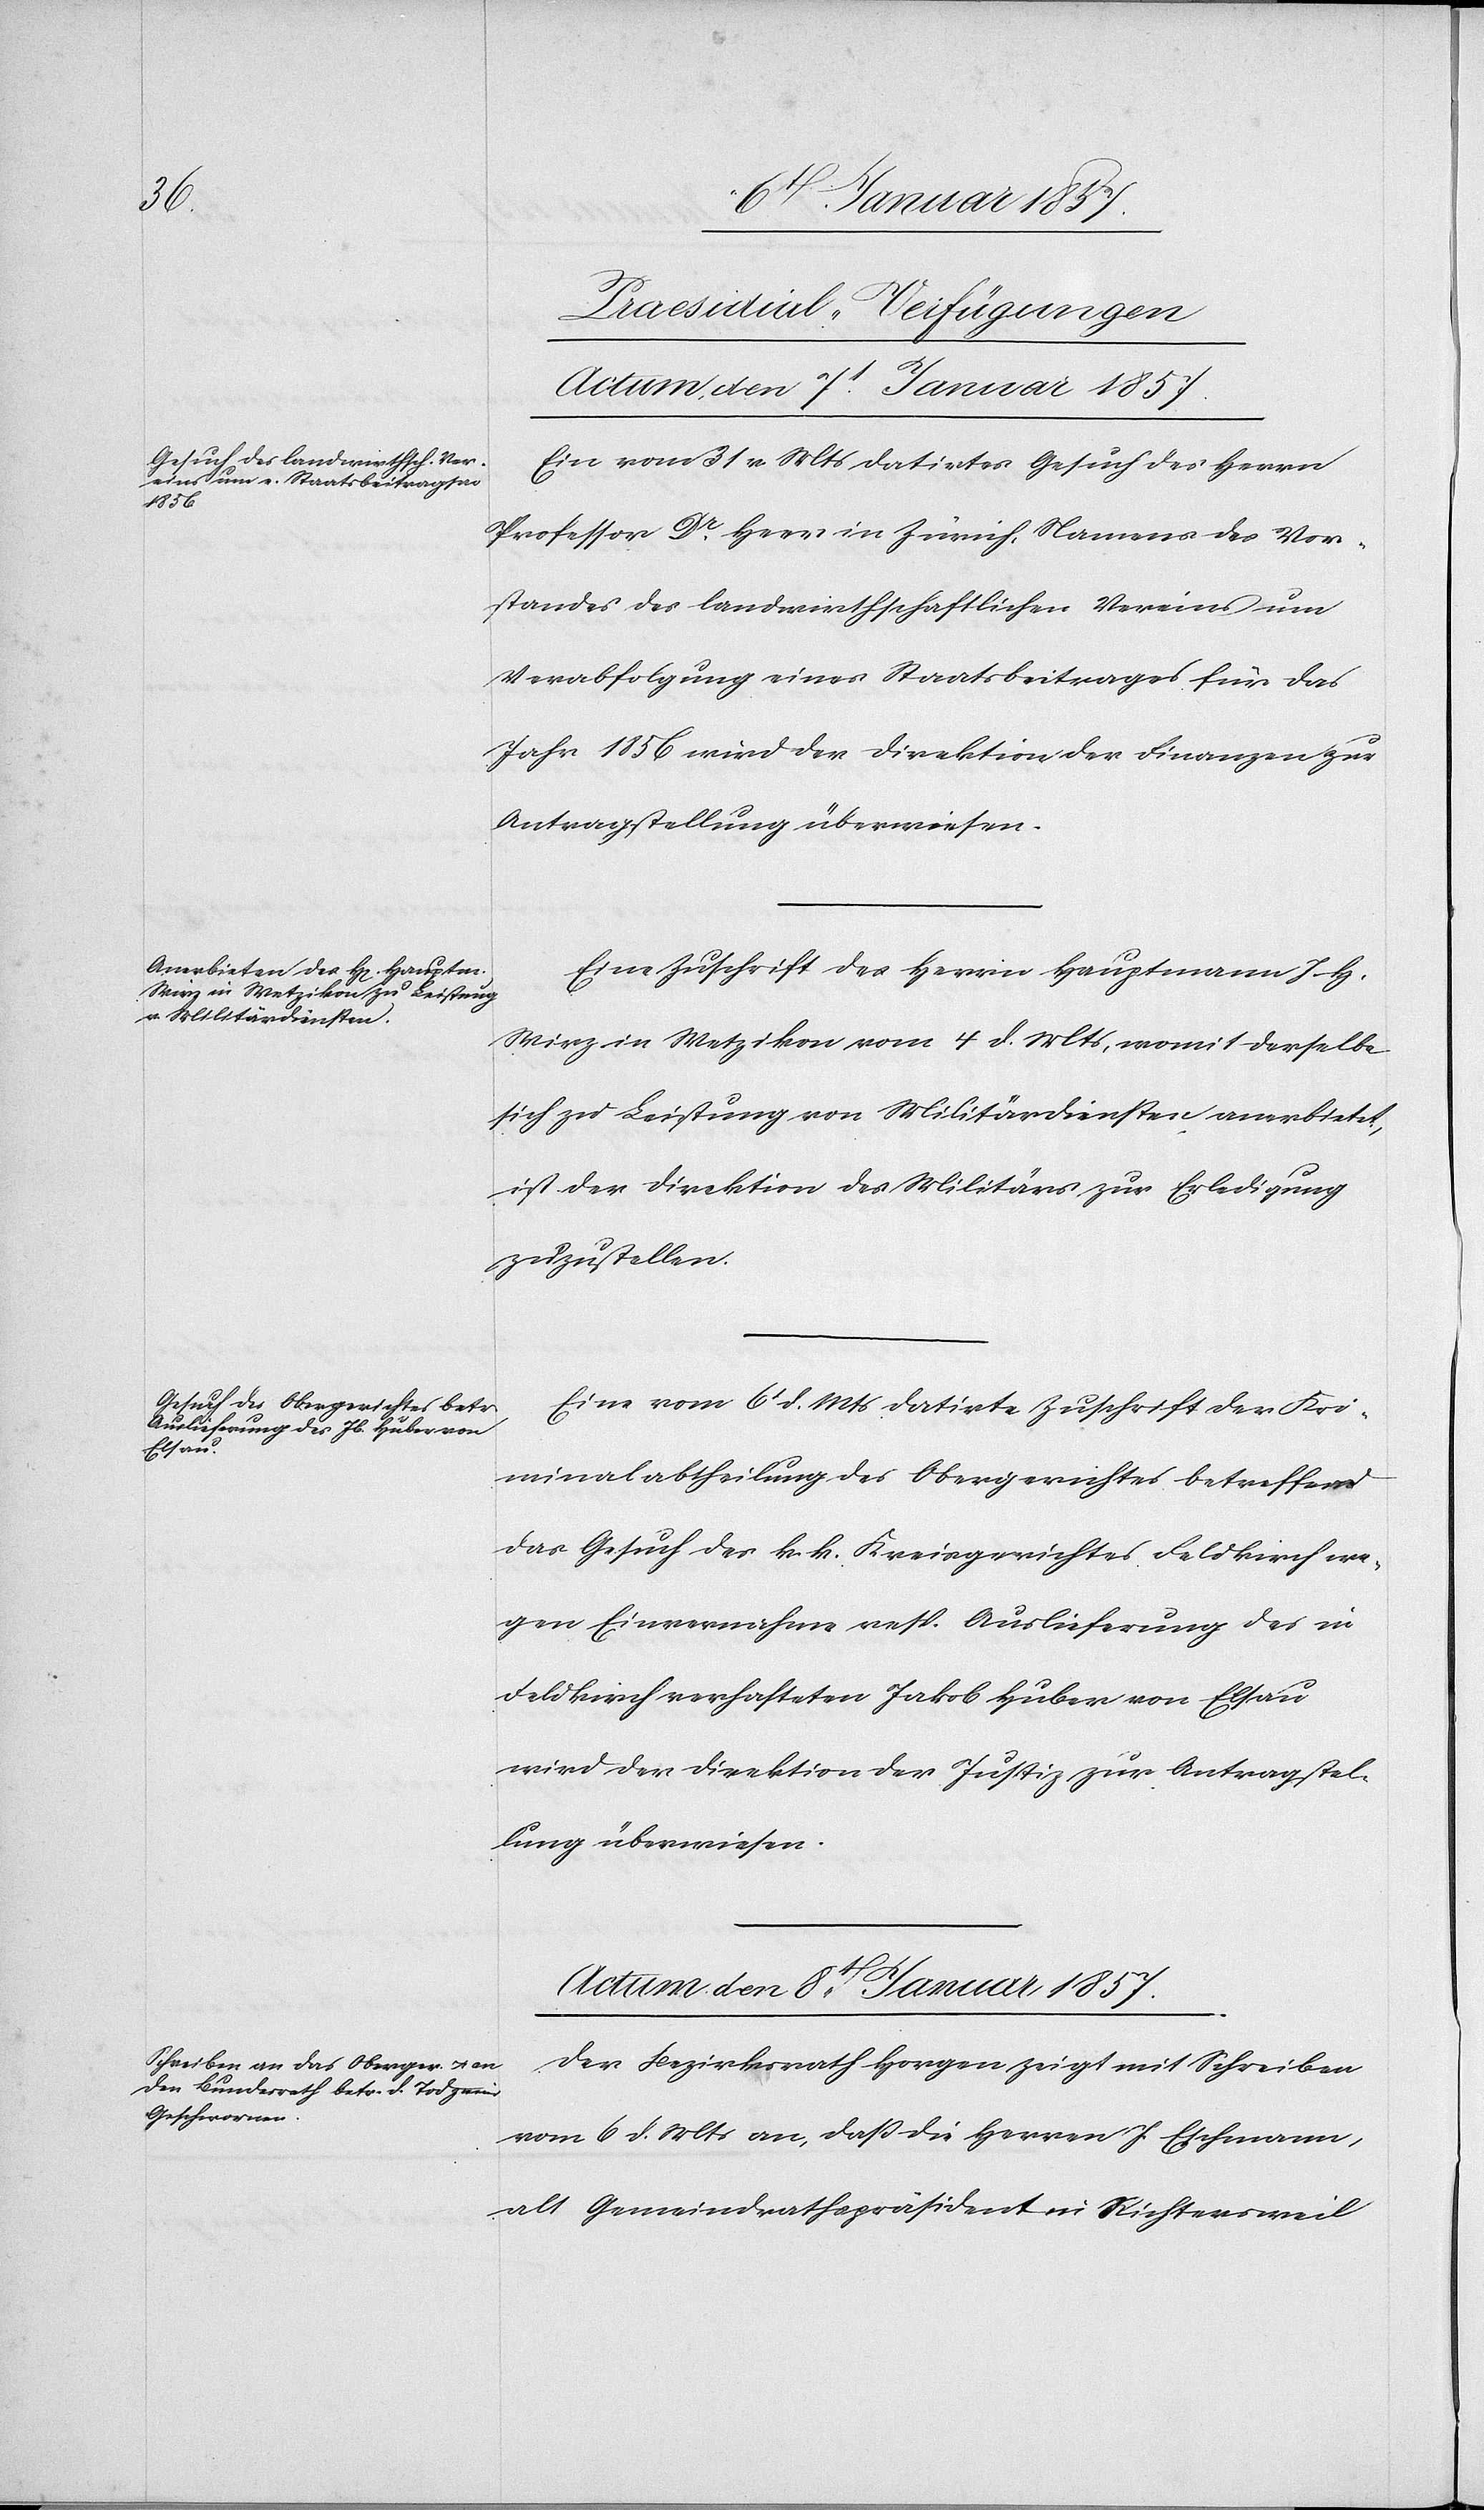
[Praesidial-Verfügungen]
Actum den 8.t Januar 1857.
Ein vom 31 v Mts datirtes Gesuch des Herrn
Professor Dr. Heer in Zürich, Namens des Vor¬
standes des landwirthschaftlichen Vereins um
Verabfolgung eines Staatsbeitrages für das
Jahr 1856 wird der Direktion der Finanzen zur
Antragsstellung überwiesen.
Eine Zuschrift des Herrn Hauptmann J. H.
Wirz in Wetzikon vom 4 d. Mts, womit derselbe
sich zu Leistung von Militärdiensten anerbietet,
ist der Direktion des Militärs zur Erledigung
zuzustellen.
Eine vom 6t d. Mts. datirte Zuschrift der Kri¬
minalabtheilung des Obergerichtes betreffend
das Gesuch des k. k. Kreisgerichtes Feldkirch we¬
gen Einvernahme resp. Auslieferung des in
Feldkirch verhafteten Jakob Huber von Elsau
wird der Direktion der Justiz zur Antragstel¬
lung überwiesen.
Der Bezirksrath Horgen zeigt mit Schreiben
vom 6 d. Mts an, daß die Herren J. Eschmann,
alt Gemeindrathspräsident in Richtersweil